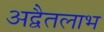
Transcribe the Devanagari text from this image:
अद्वैतलाभ